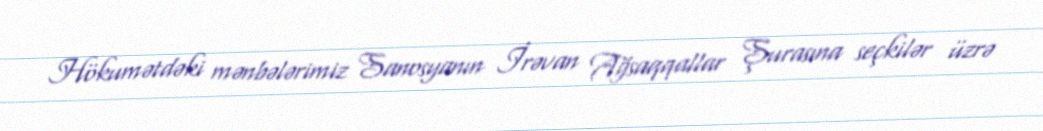
Hökumətdəki mənbələrimiz Sanosyanın İrəvan Ağsaqqallar Şurasına seçkilər üzrə